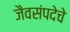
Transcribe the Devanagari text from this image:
जैवसंपदेचे